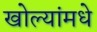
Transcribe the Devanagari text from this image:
खोल्यांमधे